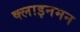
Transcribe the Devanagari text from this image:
क्लाइनमन